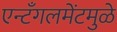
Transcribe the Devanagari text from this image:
एन्टँगलमेंटमुळे